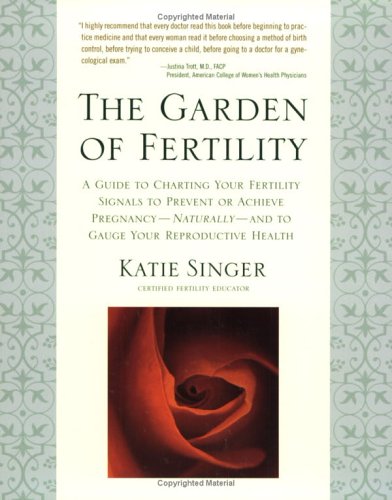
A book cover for The Garden of Fertility: A Guide to Charting Your Fertility Signals to Prevent or Achieve Pregnancy--Naturally--and to Gauge Your Reproductive Health; Katie Singer; Parenting & Relationships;